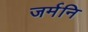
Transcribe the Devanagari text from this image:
जर्मनि